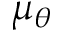
\mu _ { \theta }